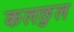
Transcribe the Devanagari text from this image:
कलछुल